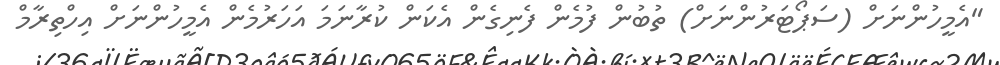
"އެމީހުންނަށް (ސަޕޯޓަރުންނަށް) ތުބުން ފުމެން ފެނިގެން އެކަން ކުރާނަމަ އަހަރުމެން އެމީހުންނަށް އިހްތިރާމް